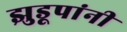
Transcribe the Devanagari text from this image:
झुडूपांनी